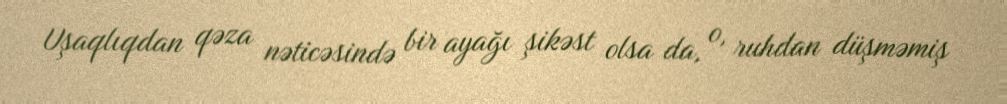
Uşaqlıqdan qəza nəticəsində bir ayağı şikəst olsa da, o, ruhdan düşməmiş